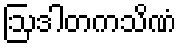
ဩဒါတကသိဏံ